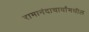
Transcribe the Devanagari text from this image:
रामानंदाचार्यांमधील